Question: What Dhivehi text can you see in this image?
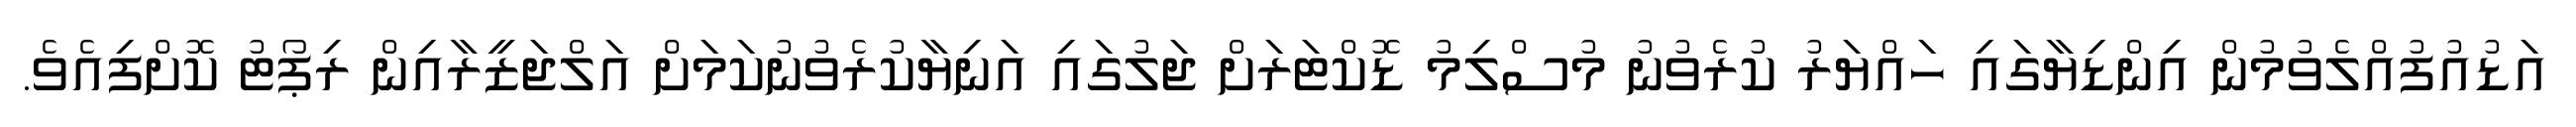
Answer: އަޑުއުފުއްލެވުމުން އިންޑިޔާގައި ހައްޔަރު ކުރެވުނު މުސްލިމު ޑޮކްޓަރަށް ޖަލުގައި އަނިޔާކުރެވުނުކަމަށް އަލްޖަޒީރާއިން ރިޕޯޓު ކޮށްފިއެވެ.